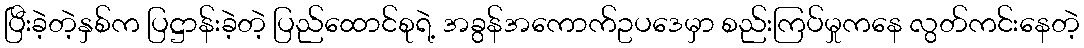
ပြီးခဲ့တဲ့နှစ်က ပြဋ္ဌာန်းခဲ့တဲ့ ပြည်ထောင်စုရဲ့ အခွန်အကောက်ဥပဒေမှာ စည်းကြပ်မှုကနေ လွတ်ကင်းနေတဲ့